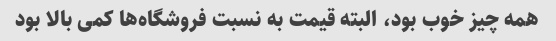
همه چیز خوب بود، البته قیمت به نسبت فروشگاه‌ها کمی بالا بود